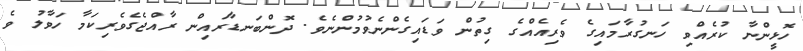
ހޮޅީންނާ ކުރެއްވި ހަނގުރާމައިގެ ވެރިއެއްގެ ގިތުން ވަޑައިގެންނެވުމުންނެވެ. ދޮންބަނޑާރައިން ރާއްޖެގެވެރިކަމާ ހަވާލު ވެ